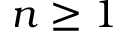
n \geq 1